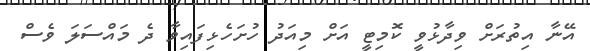
އޭނާ އިތުރަށް ވިދާޅުވީ ކޮމިޓީ އަށް މިއަދު ހުށަހެޅިފައިވާ ދެ މައްސަލަ ވެސް